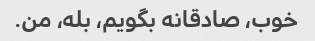
خوب، صادقانه بگویم، بله، من.